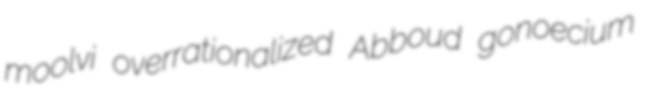
moolvi overrationalized Abboud gonoecium